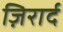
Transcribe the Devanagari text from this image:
ज़िरार्द